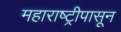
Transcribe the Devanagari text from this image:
महाराष्ट्रीपासून